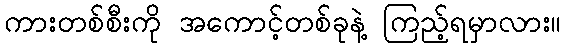
ကားတစ်စီးကို အကောင့်တစ်ခုနဲ့ ကြည့်ရမှာလား။